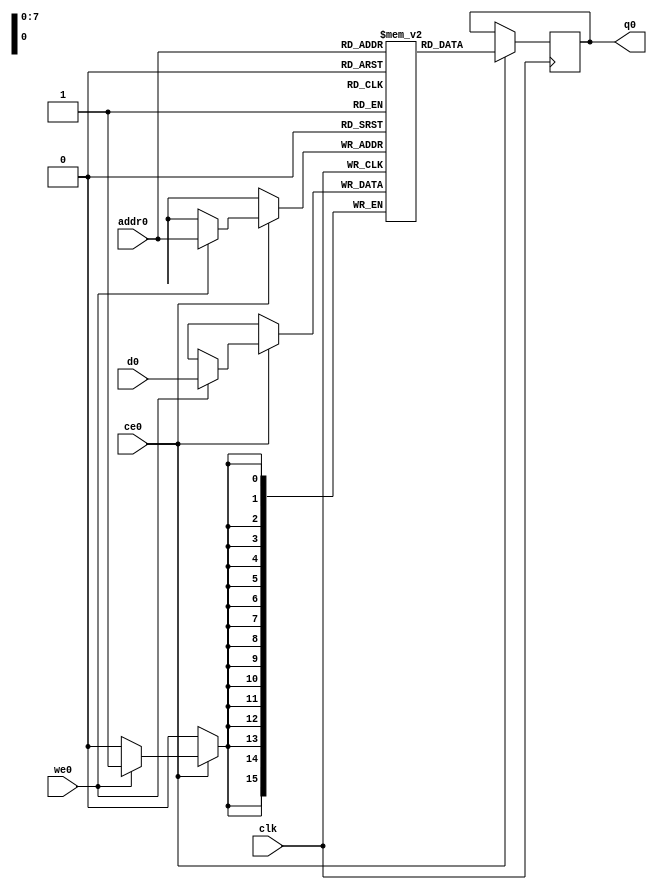
// ==============================================================
// Vivado(TM) HLS - High-Level Synthesis from C, C++ and SystemC v2019.2 (64-bit)
// Copyright 1986-2019 Xilinx, Inc. All Rights Reserved.
// ==============================================================
`timescale 1 ns / 1 ps
module avgpool_concat_oucHz_ram (addr0, ce0, d0, we0, q0,  clk);

parameter DWIDTH = 16;
parameter AWIDTH = 8;
parameter MEM_SIZE = 256;

input[AWIDTH-1:0] addr0;
input ce0;
input[DWIDTH-1:0] d0;
input we0;
output reg[DWIDTH-1:0] q0;
input clk;

(* ram_style = "block" *)reg [DWIDTH-1:0] ram[0:MEM_SIZE-1];




always @(posedge clk)  
begin 
    if (ce0) begin
        if (we0) 
            ram[addr0] <= d0; 
        q0 <= ram[addr0];
    end
end


endmodule

`timescale 1 ns / 1 ps
module avgpool_concat_oucHz(
    reset,
    clk,
    address0,
    ce0,
    we0,
    d0,
    q0);

parameter DataWidth = 32'd16;
parameter AddressRange = 32'd256;
parameter AddressWidth = 32'd8;
input reset;
input clk;
input[AddressWidth - 1:0] address0;
input ce0;
input we0;
input[DataWidth - 1:0] d0;
output[DataWidth - 1:0] q0;



avgpool_concat_oucHz_ram avgpool_concat_oucHz_ram_U(
    .clk( clk ),
    .addr0( address0 ),
    .ce0( ce0 ),
    .we0( we0 ),
    .d0( d0 ),
    .q0( q0 ));

endmodule